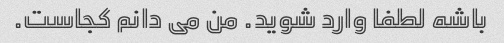
باشه لطفا وارد شوید. من می دانم کجاست.